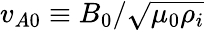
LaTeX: v_{A0}\equiv B_{0}/\sqrt{\mu_{0}\rho_{i}}